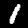
Label: 1